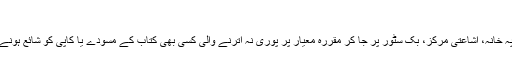
)
متعلقہ افسر کسی بھی وقت کسی بھی چھاپہ خانہ، اشاعتی مرکز، بک سٹور پر جا کر مقررہ معیار پر پوری نہ اترنے والی کسی بھی کتاب کے مسودے یا کاپی کو شائع ہونے سے پہلے یا بعد میں ضبط کر سکتا ہے۔